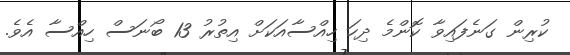
ކުރިން ގަނެފައިވާ ކޮންމެ ދިހަ ހިއްސާއަކަށް އިތުރު 13 ބޯނަސް ހިއްސާ އެވެ.